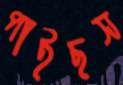
পাইছস